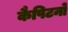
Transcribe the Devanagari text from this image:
कैपिटनो